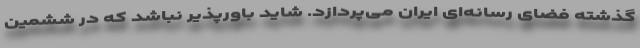
گذشته فضای رسانه‌ای ایران می‌پردازد. شاید باورپذیر نباشد که در ششمین